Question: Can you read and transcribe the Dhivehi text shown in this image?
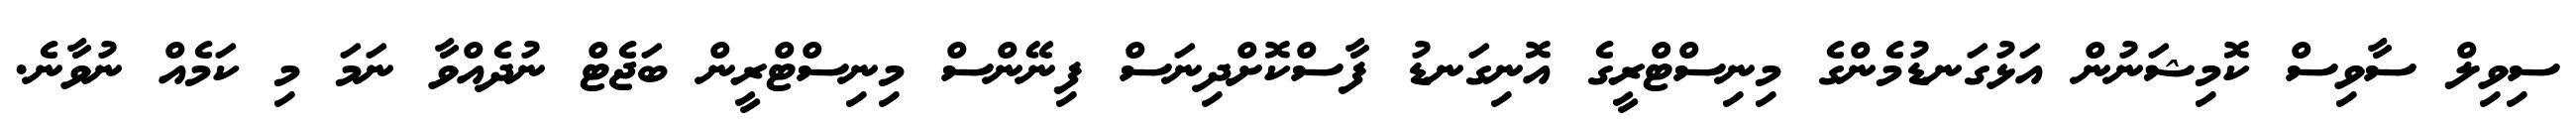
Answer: ސިވިލް ސާވިސް ކޮމިޝަނުން އަޅުގަނޑުމެންގެ މިނިސްޓްރީގެ އޮނިގަނޑު ފާސްކޮށްދިނަސް ފިނޭންސް މިނިސްޓްރީން ބަޖެޓް ނުދެއްވާ ނަމަ މި ކަމެއް ނުވާނެ.